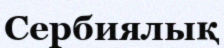
Сербиялық